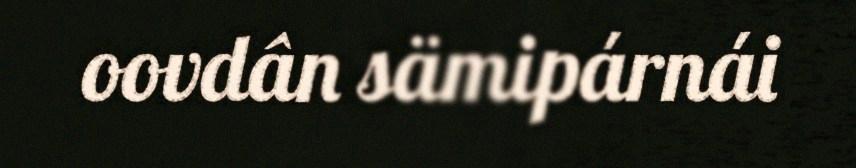
oovdân sämipárnái